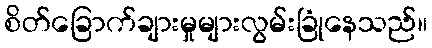
စိတ်ခြောက်ချားမှုများလွမ်းခြုံနေသည်။